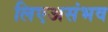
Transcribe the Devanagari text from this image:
लिएअसंभव